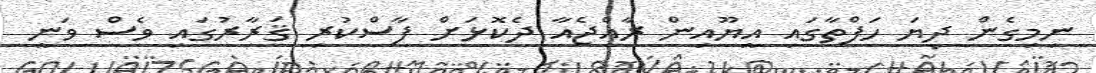
ނިމިގެން ދިޔަ ހަފްތާގައި އީޔޫއިން ރާއްޖެއާ ދެކޮޅަށް ފާސްކުރި ޤަރާރުގައި ވެސް ވަނީ